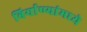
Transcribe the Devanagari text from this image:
बिर्याण्यांमध्ये